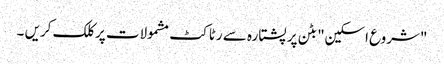
"شروع اسکین" بٹن پر پشتارہ سے رٹاکٹ مشمولات پر کلک کریں ۔